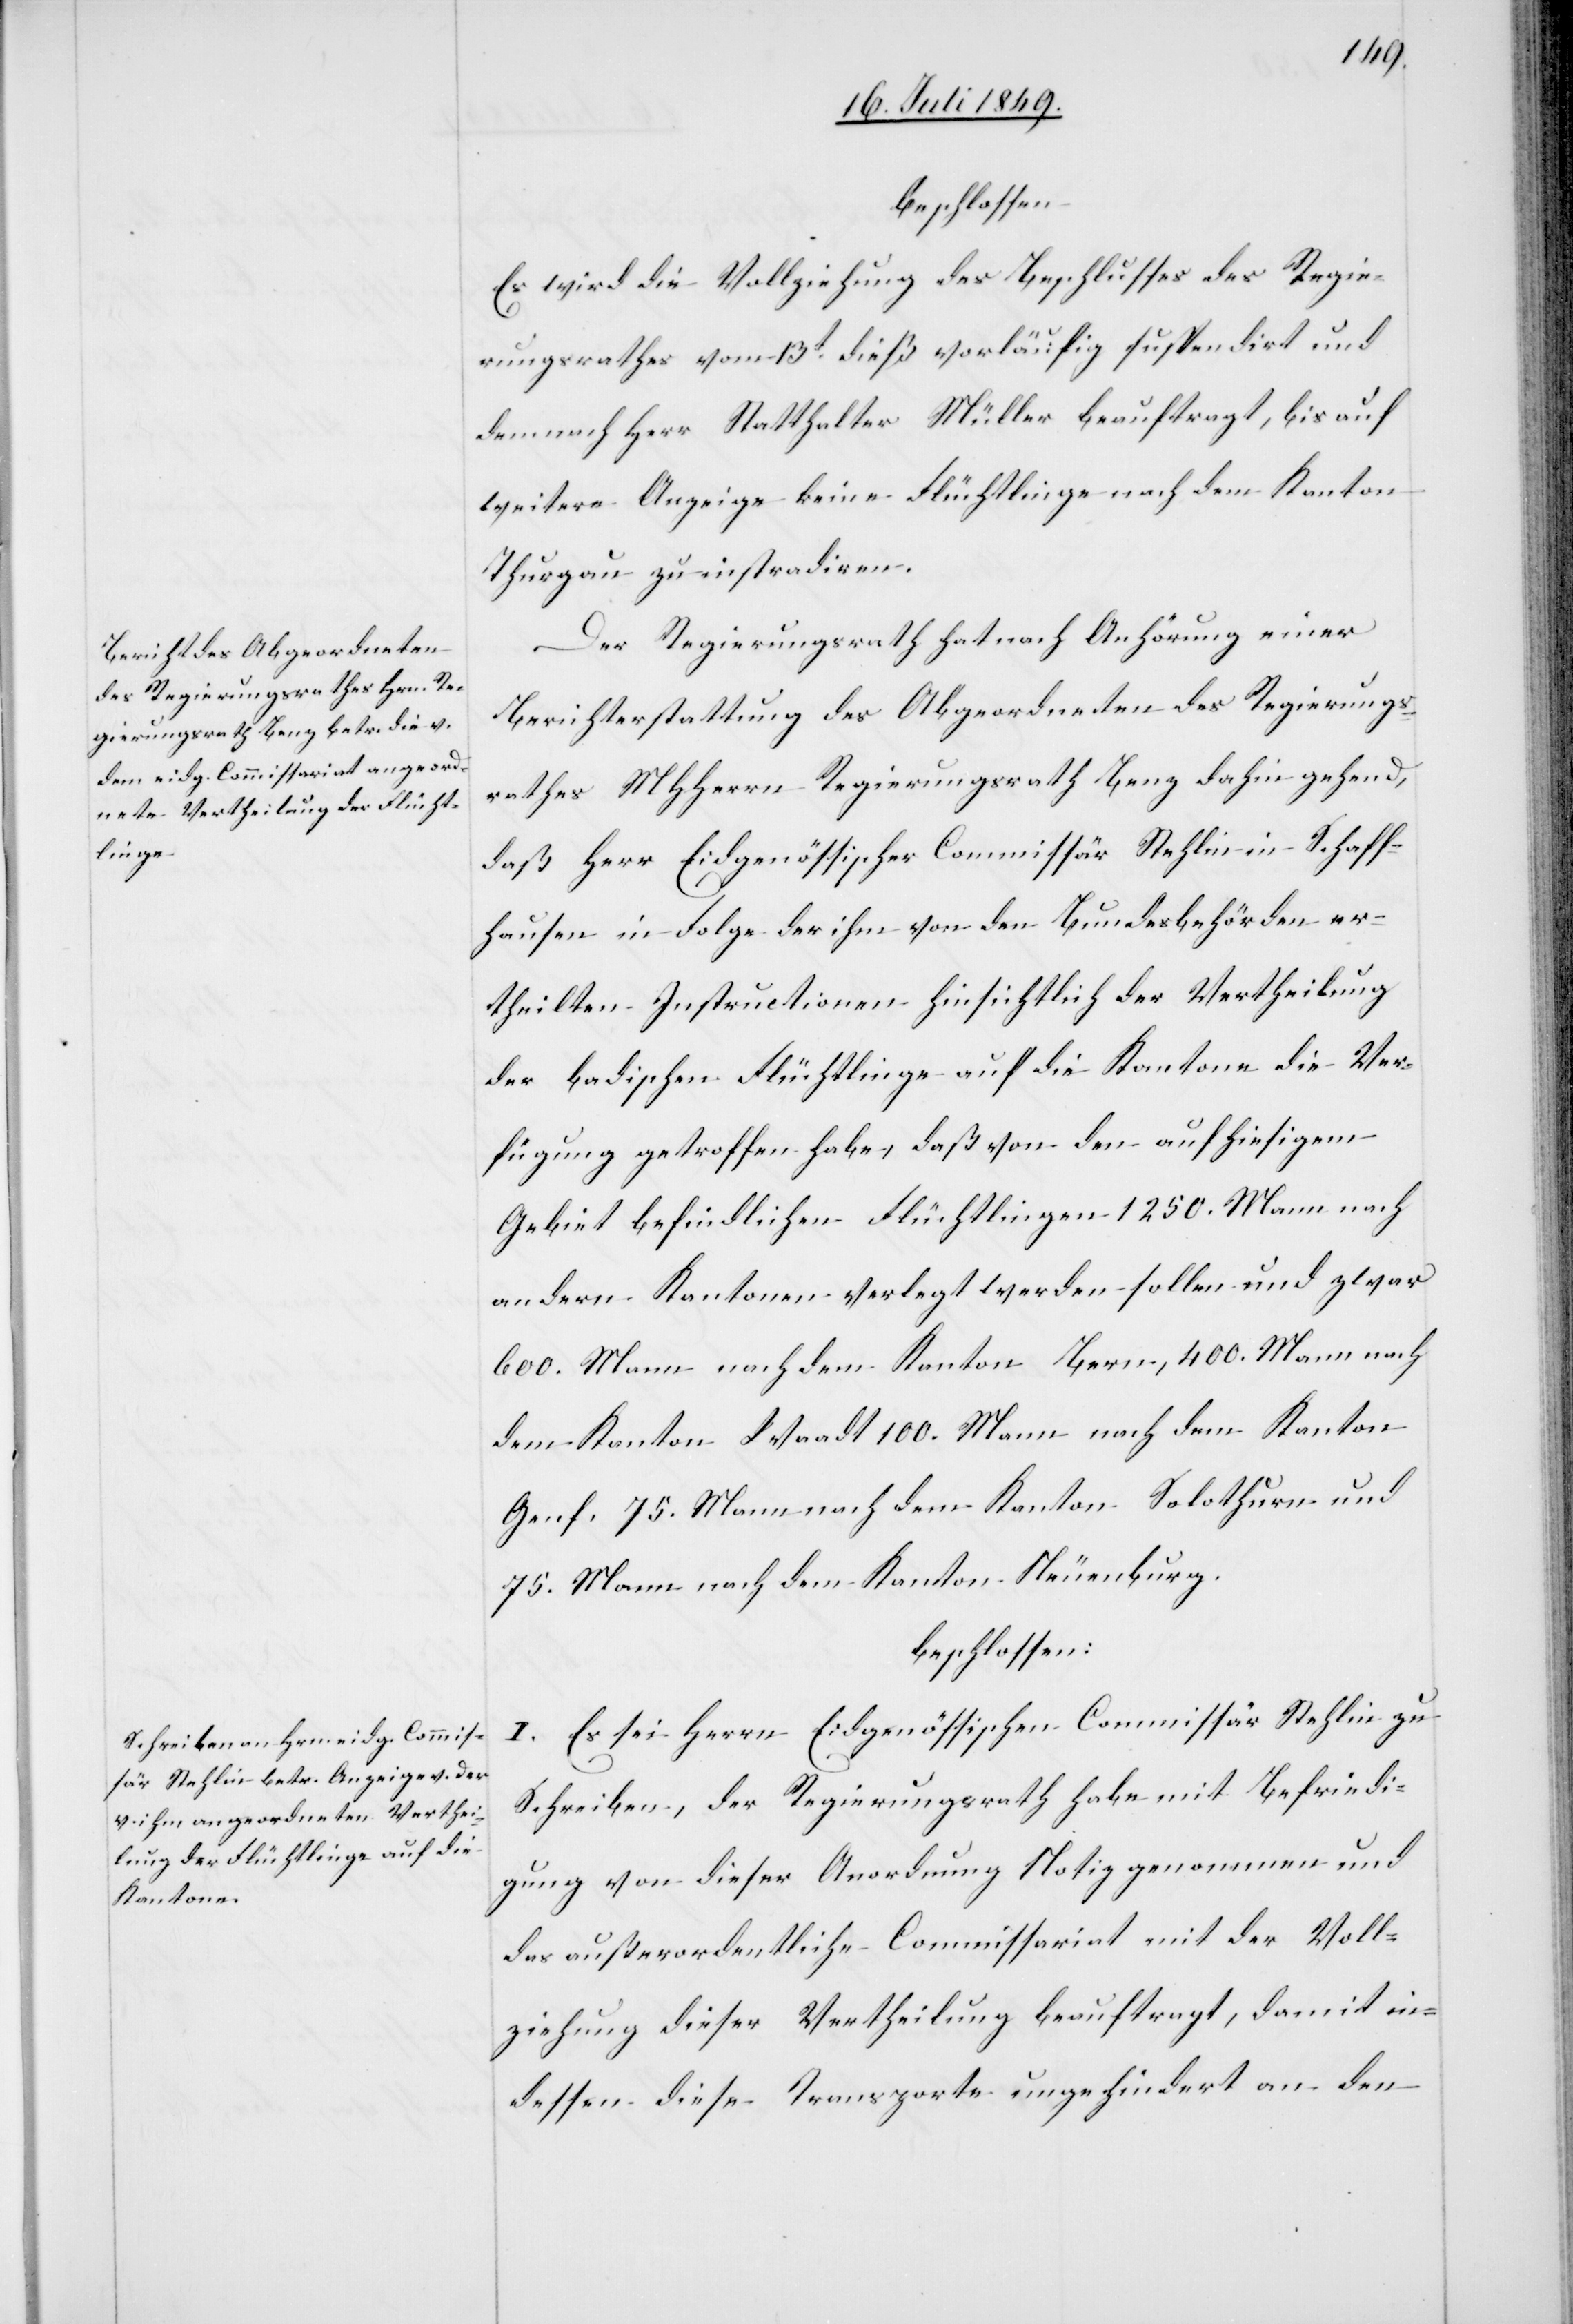
beschlossen:
Es wird die Vollziehung des Beschlusses des Regie¬
rungsrathes vom 13t dieß vorläufig suspendirt und
demnach Herr Statthalter Müller beauftragt, bis auf
weitere Anzeige keine Flüchtlinge nach dem Kanton
Thurgau zu instradiren.
Der Regierungsrath hat nach Anhörung einer
Berichterstattung des Abgeordneten des Regierungs¬
rathes MHHerrn Regierungsrath Benz dahin gehend,
daß Herr Eidgenössischer Commissär Stehlin in Schaff¬
hausen in Folge der ihm von den Bundesbehörden er¬
theilten Instructionen hinsichtlich der Vertheilung
der badischen Flüchtlinge auf die Kantone die Ver¬
fügung getroffen habe, daß von den auf hiesigem
Gebiet befindlichen Flüchtlingen 1250. Mann nach
andern Kantonen verlegt werden sollen und zwar
600. Mann nach dem Kanton Bern, 400. Mann nach
dem Kanton Waadt 100. Mann nach dem Kanton
Genf, 75. Mann nach dem Kanton Solothurn und
75. Mann nach dem Kanton Neuenburg.
beschlossen:
I. Es sei Herrn Eidgenössischen Commissär Stehlin zu
Schreiben, der Regierungsrath habe mit Befriedi¬
gung von dieser Anordnung Notiz genommen und
das außerordentliche Commissariat mit der Voll¬
ziehung dieser Vertheilung beauftragt, damit in¬
dessen diese Transporte ungehindert an den